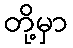
တို့မှာ